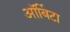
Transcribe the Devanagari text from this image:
ऑर्बिटा